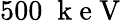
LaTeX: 500\; \mathrm{~k~e~V~}